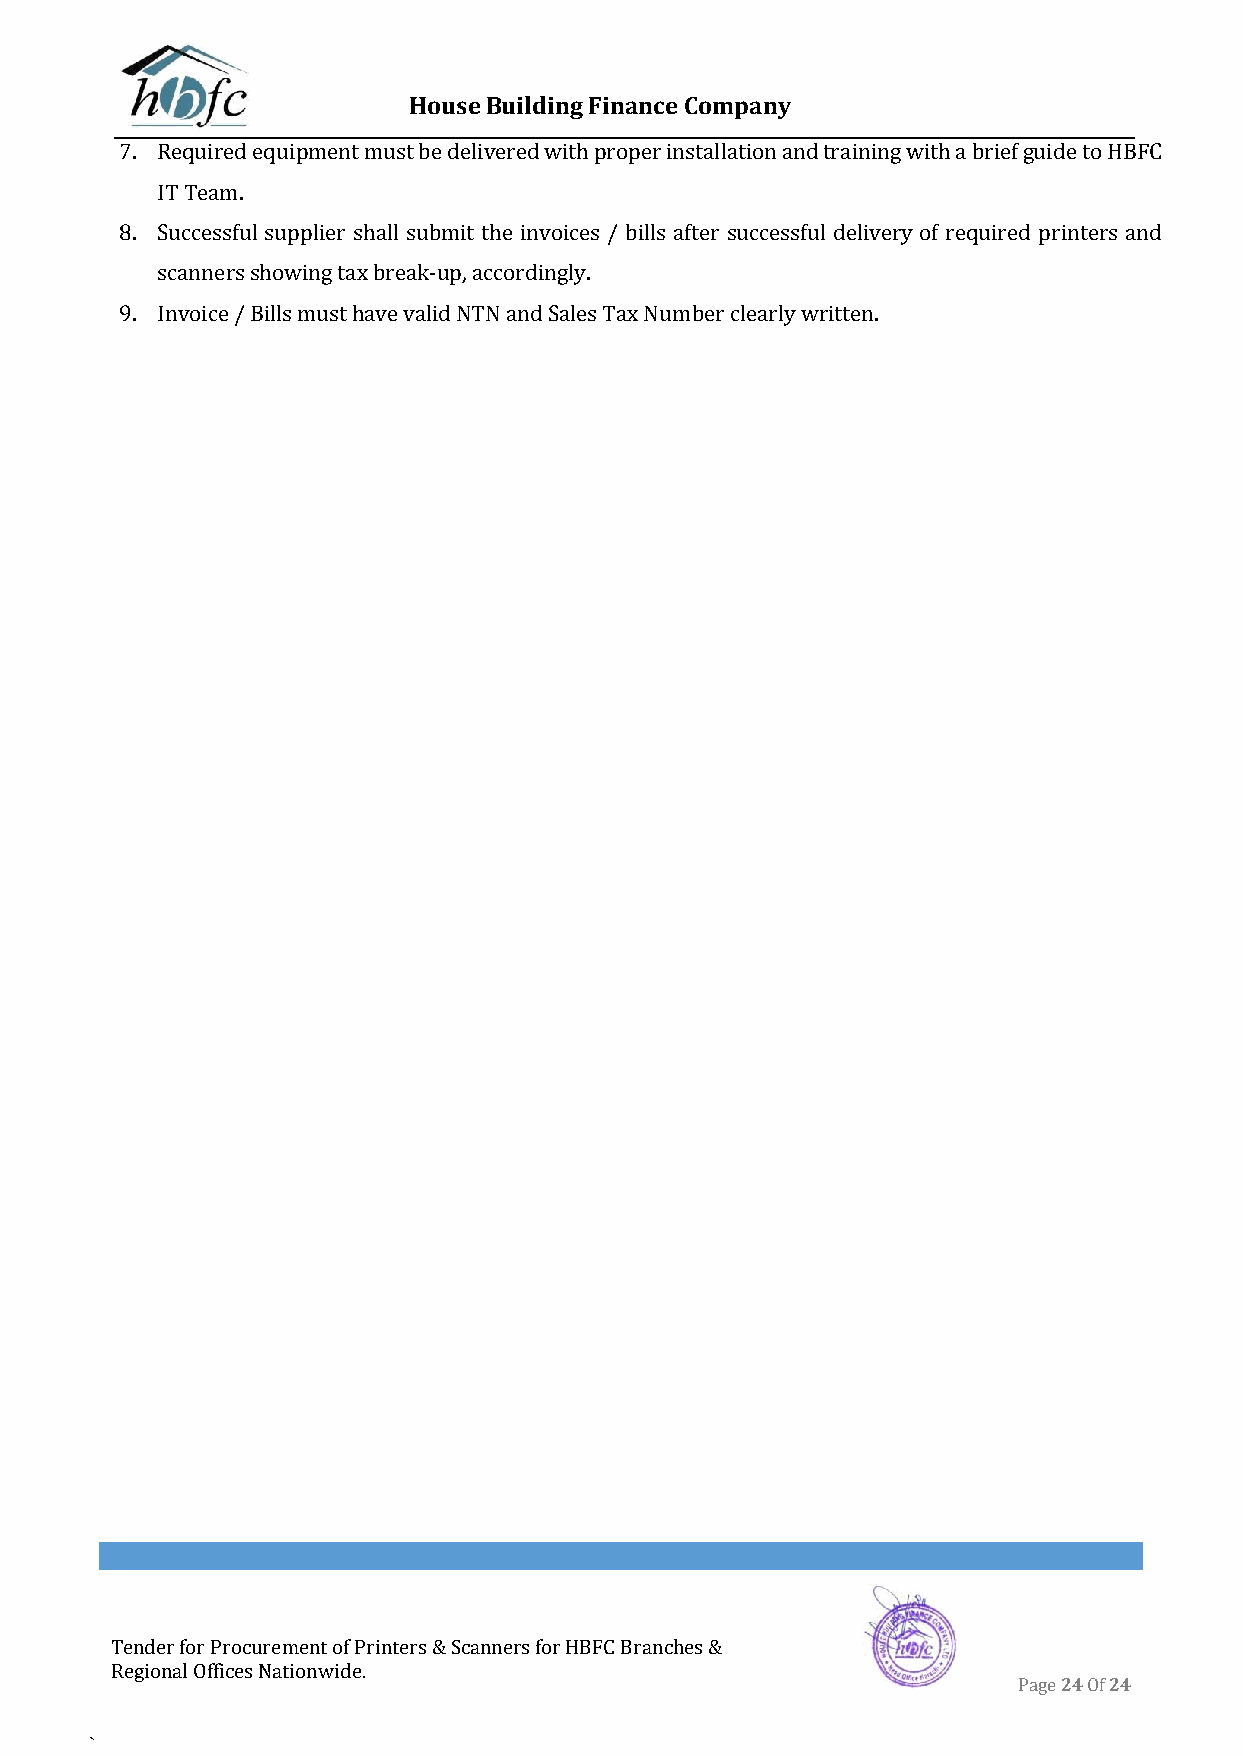
House Building Finance Company
 7. Required equipment must be delivered with proper installation and training with a brief guide to HBFC
 IT Team.
 8. Successful supplier shall submit the invoices / bills after successful delivery of required printers and
 scanners showing tax break-up, accordingly.
 9. Invoice / Bills must have valid NTN and Sales Tax Number clearly written.
 Tender for Procurement of Printers & Scanners for HBFC Branches &
 Regional Offices Nationwide.
 Page 24 Of 24
 `